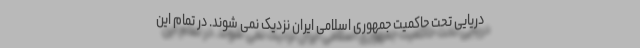
دریایی تحت حاکمیت جمهوری اسلامی ایران نزدیک نمی شوند. در تمام این